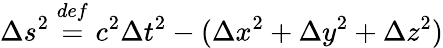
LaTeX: \Delta s^{2}\; {\overset{def}{=}}\; c^{2}\Delta t^{2}-(\Delta x^{2}+\Delta y^{2}+\Delta z^{2})